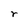
Character: r